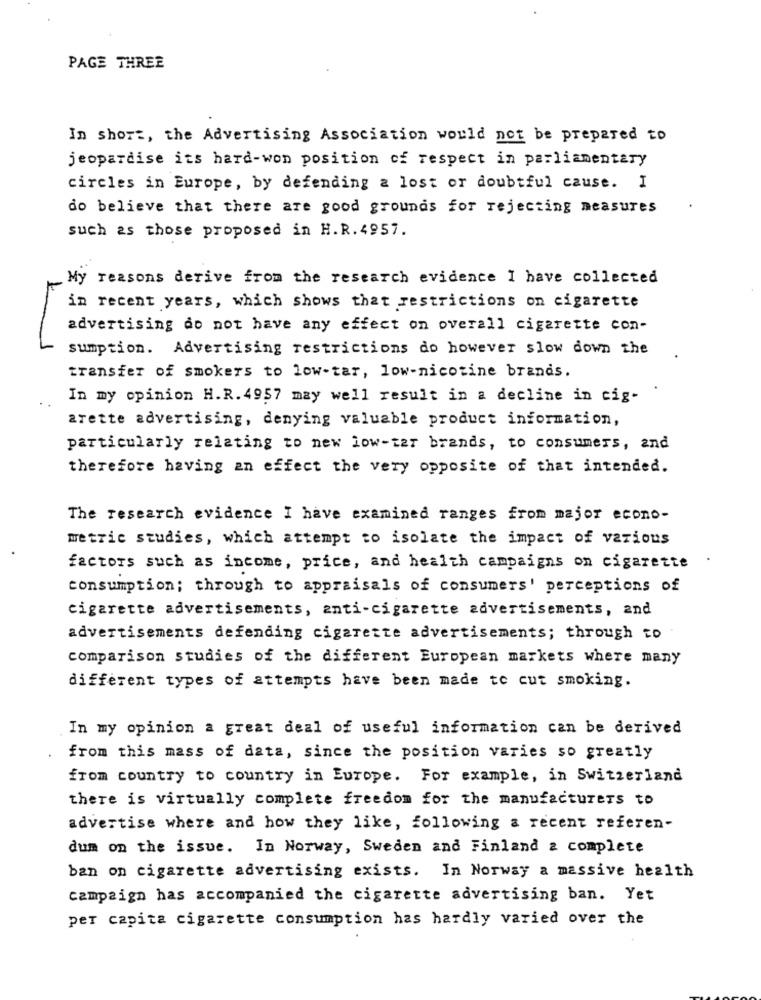
PAGE THREE
In short, the Advertising Association would not be prepared to
jeopardise its hard-won position of respect in parliamentary
circles in Europe, by defending a lost or doubtful cause. I
do believe that there are good grounds for rejecting measures
such as those proposed in H.R. 4957.
My reasons derive from the research evidence I have collected
in recent years, which shows that restrictions on cigarette
advertising do not have any effect on overall cigarette con-
sumption. Advertising restrictions do however slow down the
transfer of smokers to low-tar, low-nicotine brands.
In my opinion H.R. 4957 may well result in a decline in tig-
arette advertising, denying valuable product information,
particularly relating to new low-ter brands, to consumers, and
therefore having an effect the very opposite of that intended.
The research evidence I have examined ranges from major econo-
metric studies, which attempt to isolate the impact of various
factors such as income, price, and health campaigns on cigarette
consumption; through to appraisals of consumers' perceptions of
cigarette advertisements, anti-cigarette advertisements, and
advertisements defending cigarette advertisements; through to
comparison studies of the different European markets where many
different types of attempts have been made to cut smoking.
In my opinion a great deal of useful information can be derived
from this mass of data, since the position varies so greatly
from country to country in Europe. For example, in Switzerland
there is virtually complete freedom for the manufacturers to
advertise where and how they like, following a recent referen-
dum on the issue. In Norway, Sweden and Finland a complete
ban on cigarette advertising exists. In Norway a massive health
campaign has accompanied the cigarette advertising ban. Yet
per capita cigarette consumption has hardly varied over the